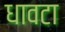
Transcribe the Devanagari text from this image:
धावटा